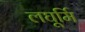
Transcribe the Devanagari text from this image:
लघूर्मि